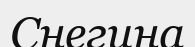
Снегина